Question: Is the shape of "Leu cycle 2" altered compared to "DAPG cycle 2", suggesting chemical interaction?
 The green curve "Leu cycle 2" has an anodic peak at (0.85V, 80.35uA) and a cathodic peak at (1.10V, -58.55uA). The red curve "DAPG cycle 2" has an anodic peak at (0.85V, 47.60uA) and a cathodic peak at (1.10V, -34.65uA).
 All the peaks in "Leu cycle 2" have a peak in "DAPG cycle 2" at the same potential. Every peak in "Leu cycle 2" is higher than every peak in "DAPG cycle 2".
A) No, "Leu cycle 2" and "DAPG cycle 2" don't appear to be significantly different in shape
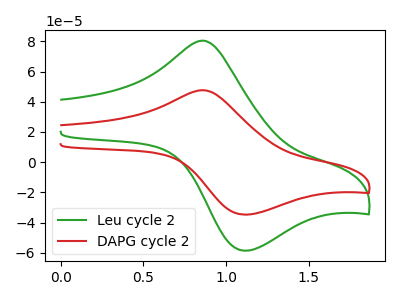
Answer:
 <answer>A) No, "Leu cycle 2" and "DAPG cycle 2" don't appear to be significantly different in shape</answer>
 <eval>A</eval>